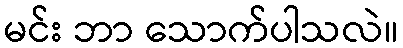
မင်း ဘာ သောက်ပါသလဲ။